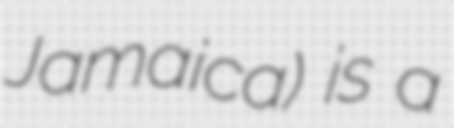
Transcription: Jamaica) is a